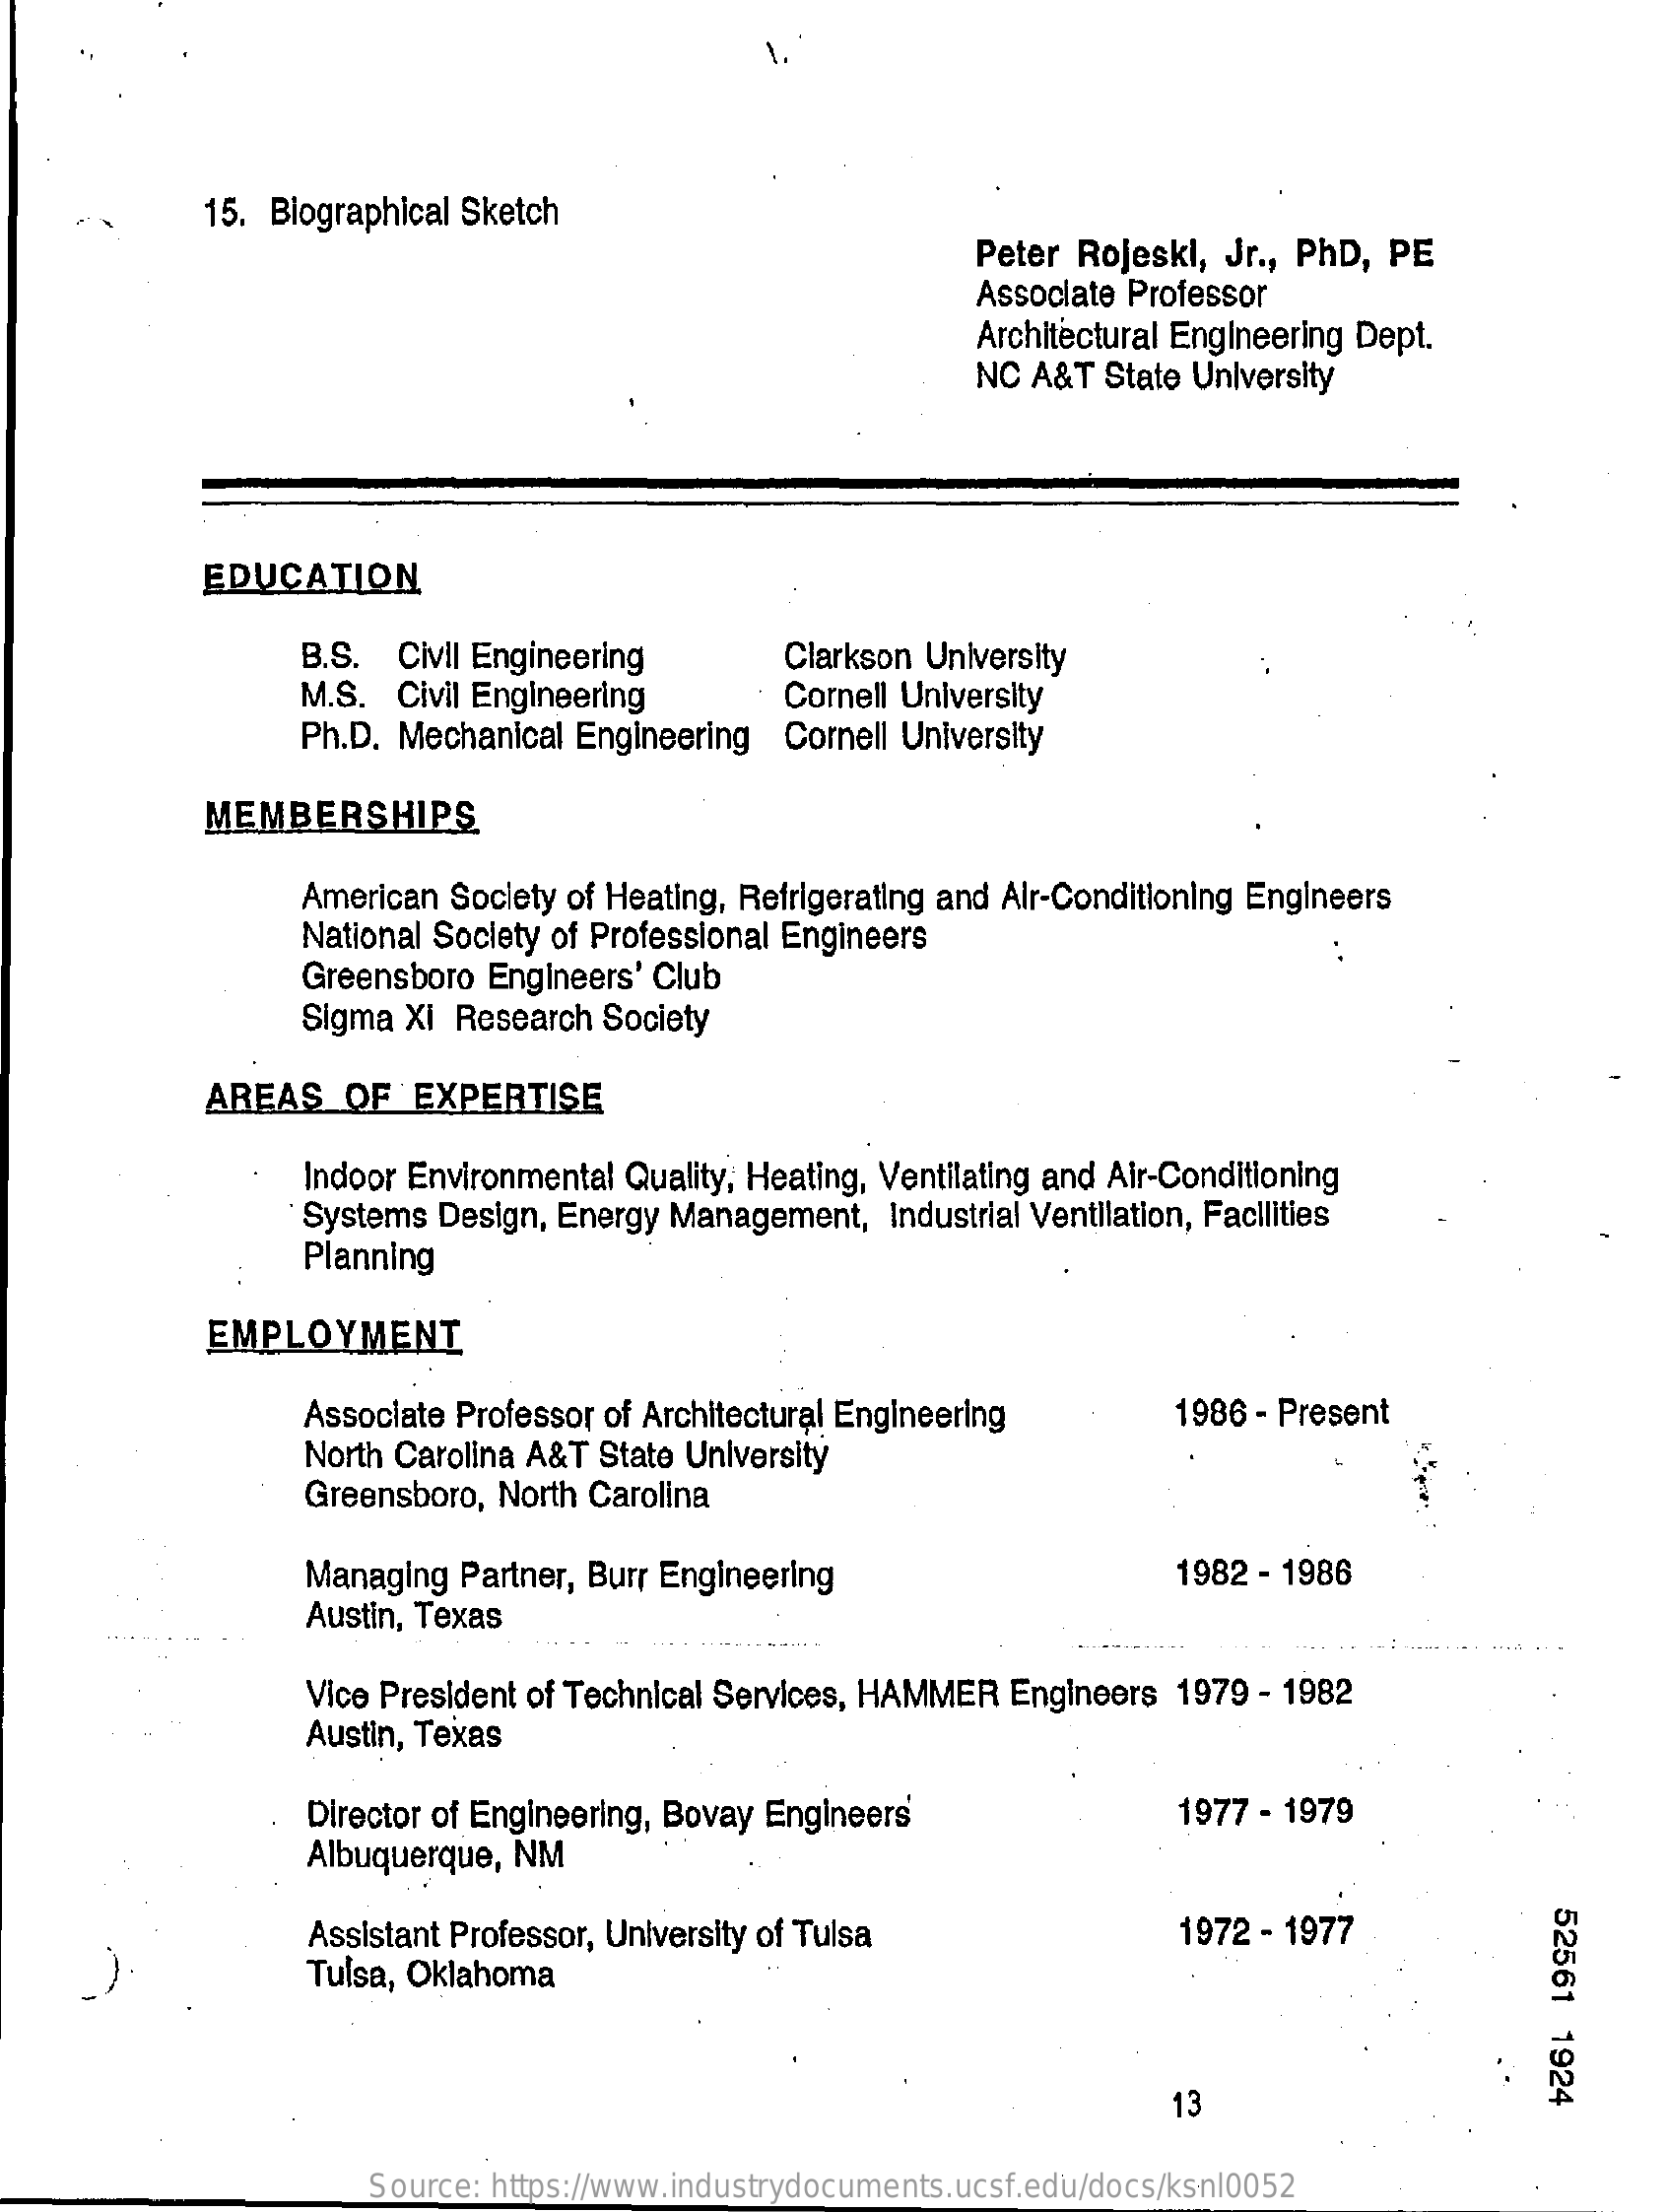
15. Biographical Sketch
     Peter Rojeskl, Jr ., PhD, PE
     Associate Professor
     Architectural Engineering Dept.
     NC A&T  State University
     EDUCATION
     B.S. Civil Engineering
     M.S.  Civil Engineering
     Clarkson University
     Cornell University
     Ph.D. Mechanical Engineering Cornell University
     MEMBERSHIPS
     American Society of Heating, Refrigerating and Air-Conditioning Engineers
     National Society of Professional Engineers
     Greensboro Engineers' Club
     Sigma Xi Research Society
     AREAS   OF  EXPERTISE
     Indoor Environmental Quality, Heating, Ventilating and Air-Conditioning
     Planning
     Systems Design, Energy Management, Industrial Ventilation, Facilities
     EMPLOYMENT
     Associate Professor of Architectural Engineering    1986 - Present
     North Carolina A&T State University
     Greensboro, North Carolina
     Managing Partner, Burr Engineering    1982 - 1986
     Austin, Texas
     Vice President of Technical Services, HAMMER Engineers 1979 - 1982
     Austin, Texas
     Director of Engineering, Bovay Engineers    1977 - 1979
     Albuquerque, NM
     52561
     1924
     Assistant Professor, University of Tulsa    1972 - 1977
     Tulsa, Oklahoma
     13
     Source: https://www.industrydocuments.ucsf.edu/docs/ksnl0052